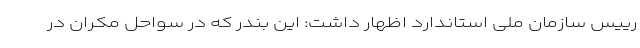
رییس سازمان ملی استاندارد اظهار داشت: این بندر که در سواحل مکران در